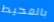
بالمحيط